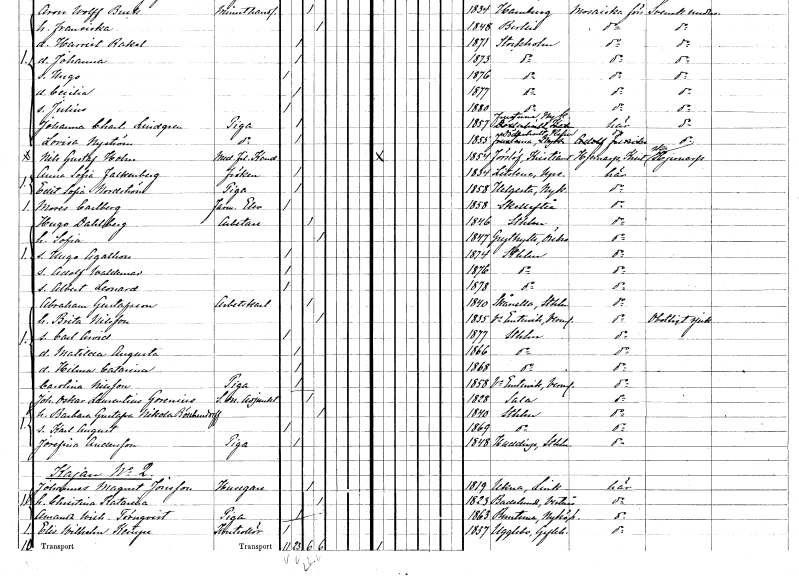
gt_parse: households: individuals: FN: Anna Sofia
EN: Falkenberg
KON: K
CIV: O
FODAR: 1834
FODFORS: Litslena Uppsala län
FN: Edit Sofia
EN: Nordström
YRKE: Piga
KON: K
CIV: O
FODAR: 1858
FODFORS: Helgesta Södermanlands län
FN: Moses
EN: Carlberg
YRKE: Farmaceutelev
KON: M
CIV: O
FODAR: 1858
FODFORS: Skellefteå Västerbottens län
FN: Hugo
EN: Dahlberg
YRKE: Arbetare
KON: M
CIV: G
FODAR: 1846
FODFORS: Stockholm
FN: Sofia
KON: K
CIV: G
FODAR: 1847
FODFORS: Grythyttan Örebro län
FN: Hugo Agathon
KON: M
CIV: O
FODAR: 1874
FODFORS: Stockholm
FN: Adolf Waldemar
KON: M
CIV: O
FODAR: 1876
FODFORS: Stockholm
FN: Albert Leonard
KON: M
CIV: O
FODAR: 1878
FODFORS: Stockholm
FN: Abraham
EN: Gustafsson
YRKE: Arbetskarl
KON: M
CIV: G
FODAR: 1840
FODFORS: Skånela Stockholms län
FN: Brita
EN: Nilsson
KON: K
CIV: G
FODAR: 1835
FODFORS: Västra Ämtervik Värmlands län
FN: Carl Arvid
KON: M
CIV: O
FODAR: 1877
FODFORS: Stockholm
FN: Matilda Augusta
KON: K
CIV: O
FODAR: 1866
FODFORS: Stockholm
FN: Hilma Catarina
KON: K
CIV: O
FODAR: 1868
FODFORS: Stockholm
FN: Carolina
EN: Nilsson
YRKE: Piga
KON: K
CIV: O
FODAR: 1858
FODFORS: Västra Ämtervik Värmlands län
FN: Johan Oskar Laurentius
EN: Govenius
YRKE: S.m. adjunkt
KON: M
CIV: G
FODAR: 1828
FODFORS: Sala Västmanlands län
FN: Barbara Gustafva Nikola
EN: Böschendorff
KON: K
CIV: G
FODAR: 1840
FODFORS: Stockholm
FN: Karl August
KON: M
CIV: O
FODAR: 1869
FODFORS: Stockholm
FN: Josefina
EN: Andersson
YRKE: Piga
KON: K
CIV: O
FODAR: 1848
FODFORS: Huddinge Stockholms län
FN: Johannes Magnet
EN: Jonsson
YRKE: Husägare
KON: M
CIV: G
FODAR: 1819
FODFORS: Ukna Kalmar län
FN: Christina Katarina
KON: K
CIV: G
FODAR: 1823
FODFORS: Badelunda Västmanlands län
FN: Amanda Wilhelmina
EN: Törnqvist
YRKE: Piga
KON: K
CIV: O
FODAR: 1863
FODFORS: Runtuna Södermanlands län
FN: Elis Wilhelm
EN: Kempe
YRKE: Kontrollör
KON: M
CIV: O
FODAR: 1837
FODFORS: Ockelbo Gävleborgs län